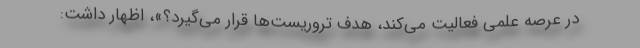
در عرصه علمی فعالیت می‌کند، هدف تروریست‌ها قرار می‌گیرد؟»، اظهار داشت: